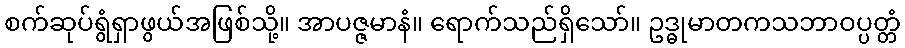
စက်ဆုပ်ရွံရှာဖွယ်အဖြစ်သို့။ အာပဇ္ဇမာနံ။ ရောက်သည်ရှိသော်။ ဥဒ္ဓုမာတကသဘာဝပ္ပတ္တံ